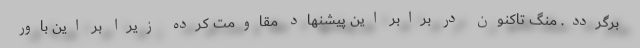
برگردد. منگ تاکنون در برابر این پیشنهاد مقاومت کرده زیرا بر این باور